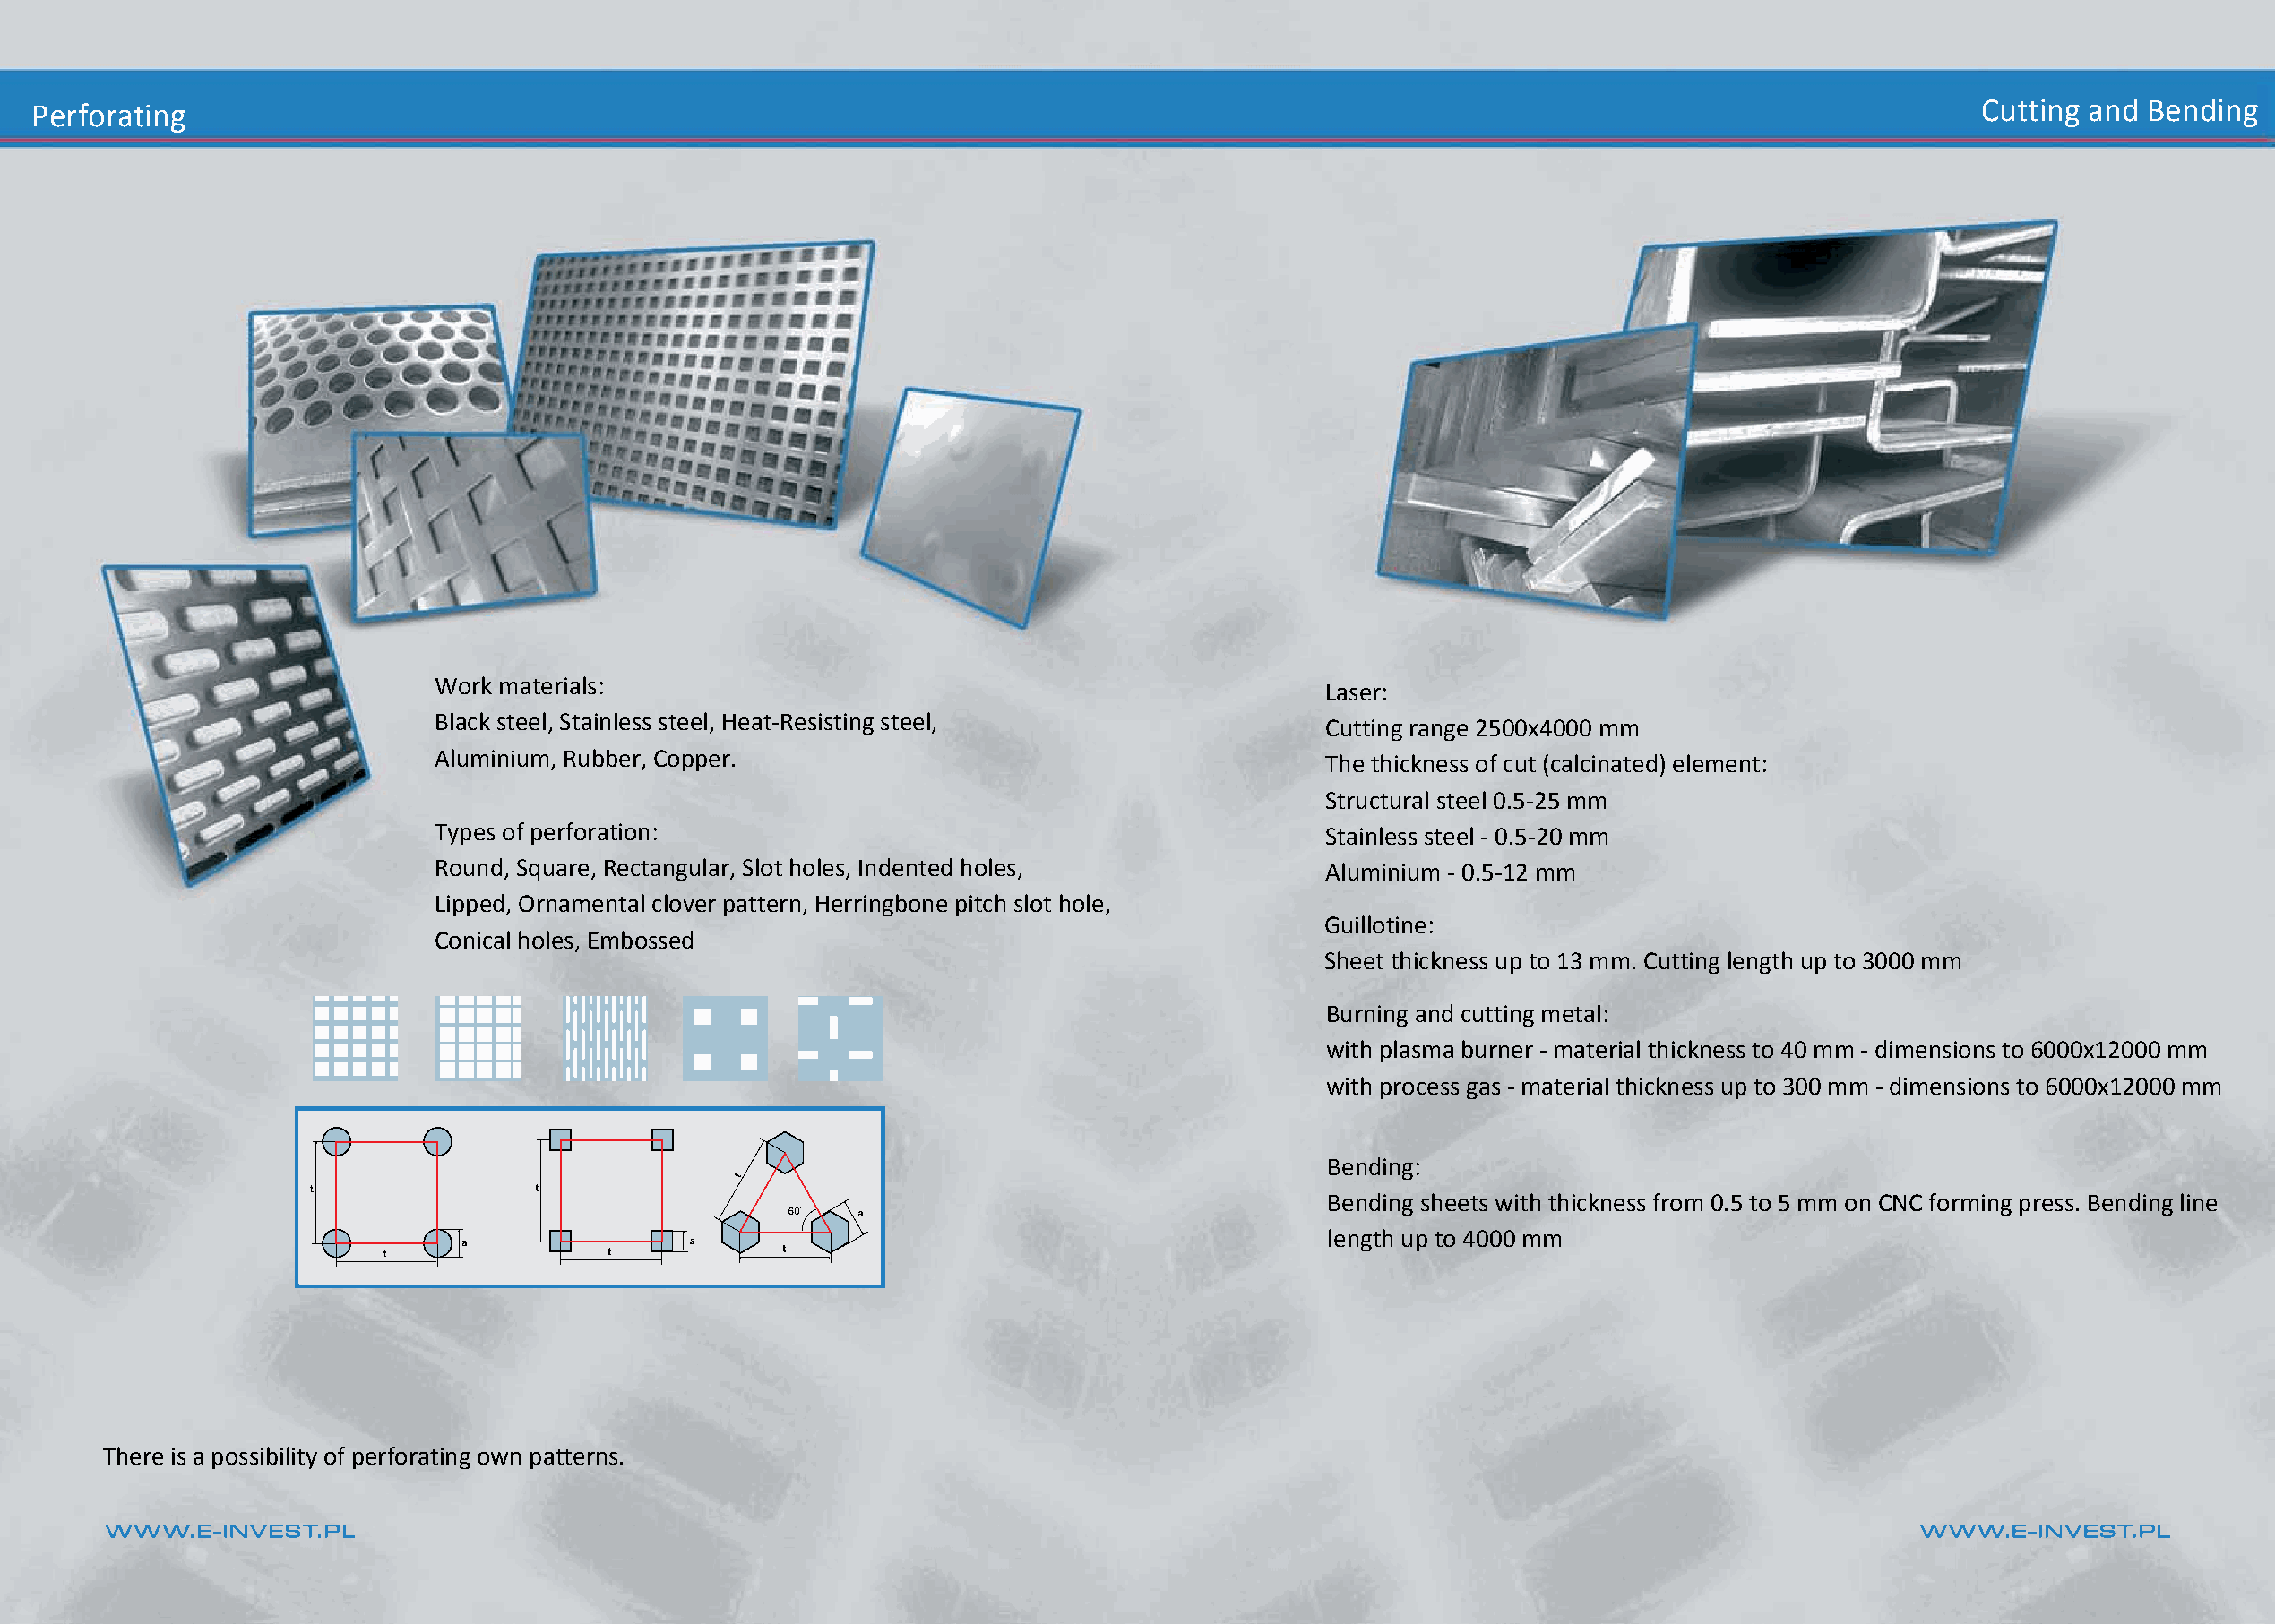
Cynkowanie
 WWW.E-INVEST.PL                                                                                                                       WWW.E-INVEST.PL